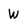
Character: W